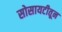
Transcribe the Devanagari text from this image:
सोसायटीतून